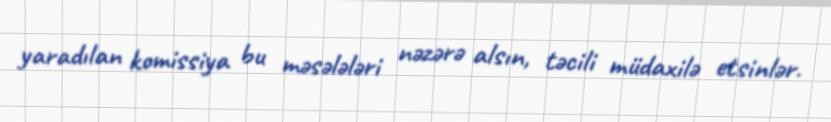
yaradılan komissiya bu məsələləri nəzərə alsın, təcili müdaxilə etsinlər.